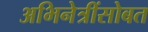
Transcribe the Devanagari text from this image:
अभिनेत्रींसोबत